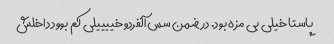
پاستا خیلی بی مزه بود. در ضمن سس آلفردو خییییلی کم بوود داخلش